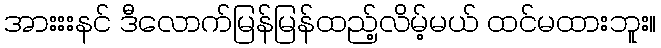
အားးးနင် ဒီလောက်မြန်မြန်ထည့်လိမ့်မယ် ထင်မထားဘူး။